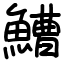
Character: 鰽